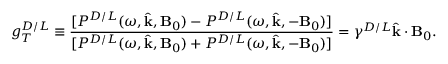
g _ { T } ^ { D / L } \equiv \frac { \lbrack P ^ { D / L } ( \omega , \widehat { \mathbf { k } } , \mathbf { B } _ { 0 } ) - P ^ { D / L } ( \omega , \widehat { \mathbf { k } } , - \mathbf { B } _ { 0 } ) ] } { [ P ^ { D / L } ( \omega , \widehat { \mathbf { k } } , \mathbf { B } _ { 0 } ) + P ^ { D / L } ( \omega , \widehat { \mathbf { k } } , - \mathbf { B } _ { 0 } ) ] } = \gamma ^ { D / L } \hat { \mathbf { k } } \cdot \mathbf { B } _ { 0 } .